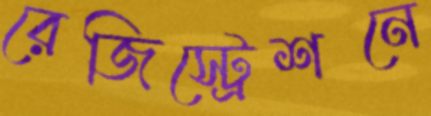
রেজিস্ট্রেশনে